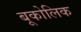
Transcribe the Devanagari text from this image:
बूकोलिक